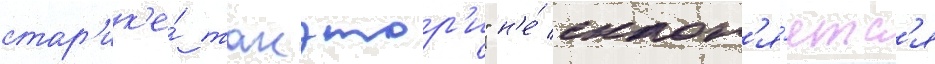
стар'ик'е́ такэтор'и" н'е́ склон'я́етс'я